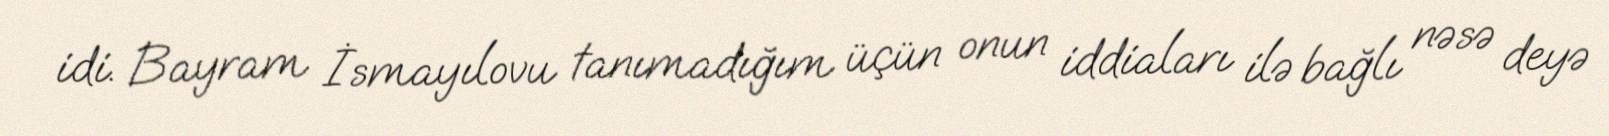
idi. Bayram İsmayılovu tanımadığım üçün onun iddiaları ilə bağlı nəsə deyə